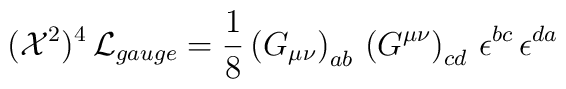
({\cal X}^2)^4 \, {\cal L}_{gauge}  = \frac{1}{8} \left( G_{\mu\nu} \right)_{ab} \,   \left( G^{\mu\nu} \right)_{cd} \, \epsilon^{bc} \, \epsilon^{da}